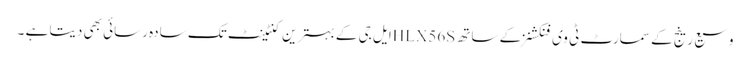
وسیع رینج کے سمارٹ ٹی وی فنکشنز کے ساتھ HLX56Sایل جی کے بہترین کنٹینٹ تک سادہ رسائی بھی دیتا ہے ۔